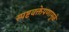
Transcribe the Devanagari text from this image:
स्पष्टवक्तेपणामुळे